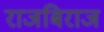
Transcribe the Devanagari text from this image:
राजबिराज